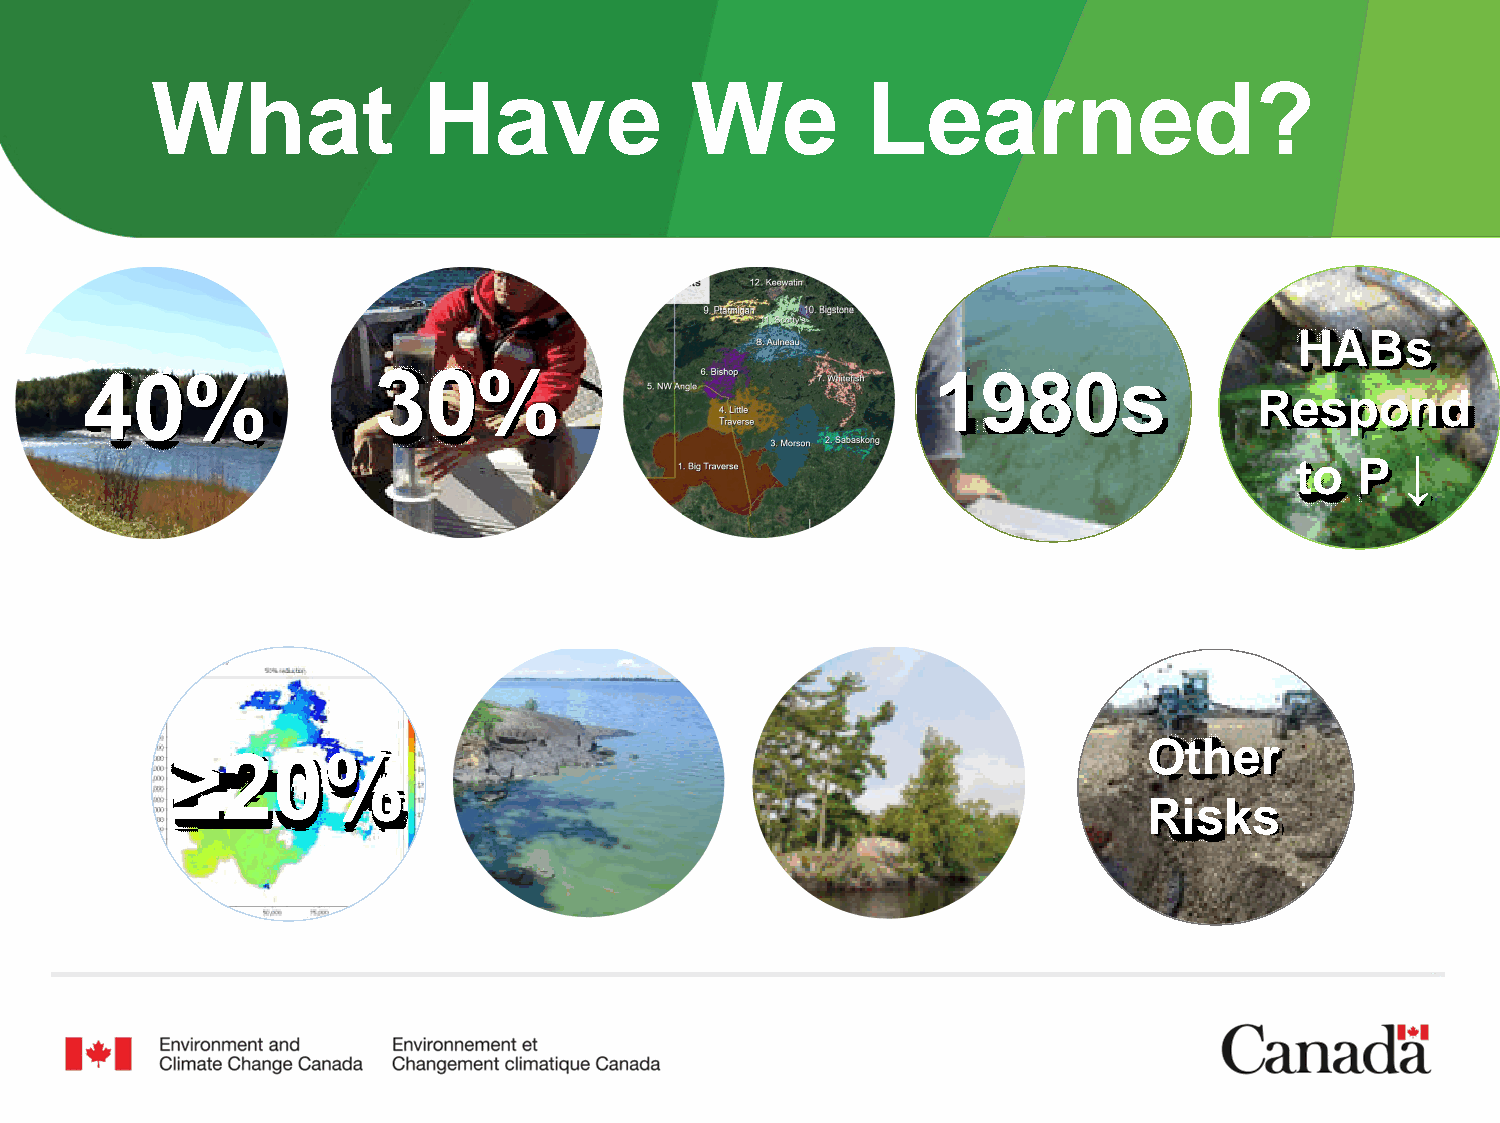
What              Have              We         Learned?
 HABs
 40%                 30%                                  1980s
 Respond
 ↓
 to  P
 Other
 ≥20%
 Risks